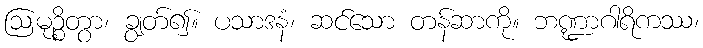
ဩမုဉ္စိတွာ၊ ချွတ်၍။ ပသာဒနံ၊ ဆင်သော တန်ဆာကို။ ဘဏ္ဍာဂါရိကဿ၊